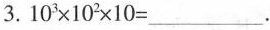
3.$$10^{3}×10^{3}x10=___.$$